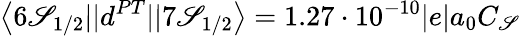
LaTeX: \left\langle6\mathscr{S}_{1/2}||d^{PT}||7\mathscr{S}_{1/2}\right\rangle=1.27\cdot10^{-10}|e|a_{0}C_{\mathscr{S}}